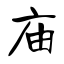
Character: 庙